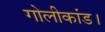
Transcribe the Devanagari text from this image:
गोलीकांड।